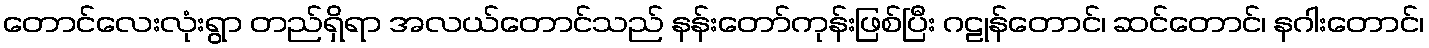
တောင်လေးလုံးရွာ တည်ရှိရာ အလယ်တောင်သည် နန်းတော်ကုန်းဖြစ်ပြီး ဂဠုန်တောင်၊ ဆင်တောင်၊ နဂါးတောင်၊